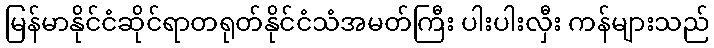
မြန်မာနိုင်ငံဆိုင်ရာတရုတ်နိုင်ငံသံအမတ်ကြီး ပါးပါးလှီး ကန်များသည်